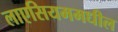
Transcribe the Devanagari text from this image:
लाएसियममधील